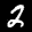
Label: 2